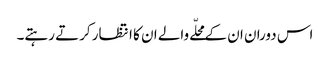
اس دوران ان کے محلّے والے ان کا انتظار کرتے رہتے۔